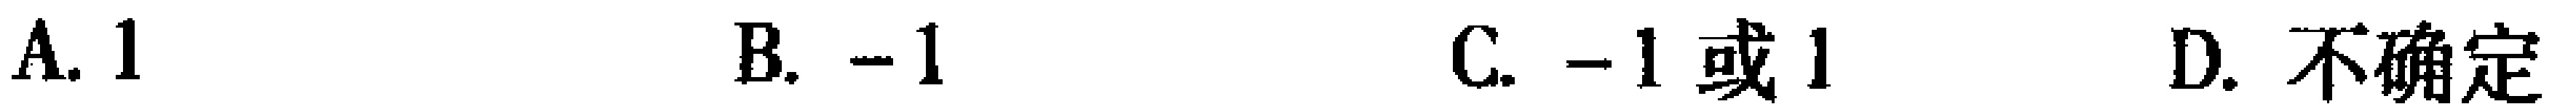
A. \(1\)  B. \(-1\)  C. \(-1或1\)  D. \(不确定\)